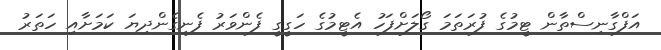
އަފްގާނިސްތާން ޓީމުގެ ފުރަތަމަ ގޯލަށްފަހު އެޓީމުގެ ހަގީގީ ފެންވަރު ފެނިގެންދިޔަ ކަމަށާއި ހަތަރު